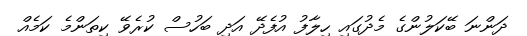
ދަންނަ ބޭކަލުންގެ މެދުގައި ހިލާފު އުފެދޭ އަދި ބަހުސް ކުރެވޭ ކިތަންމެ ކަމެއް